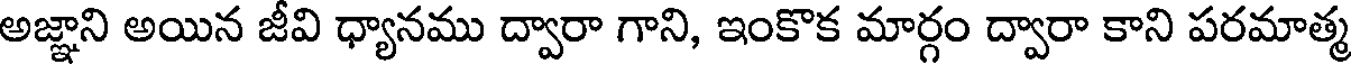
అజ్ఞాని అయిన జీవి ధ్యానము ద్వారా గాని, ఇంకొక మార్గం ద్వారా కాని పరమాత్మ